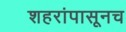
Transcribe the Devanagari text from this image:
शहरांपासूनच